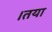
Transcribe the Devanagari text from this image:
।तया